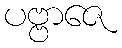
ပဗ္ဗာဇေ